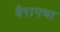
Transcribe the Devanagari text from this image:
वैरागचा